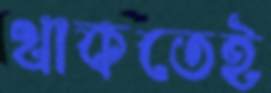
থাকতেই